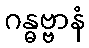
ဂန္ဓဗ္ဗာနံ